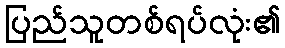
ပြည်သူတစ်ရပ်လုံး၏